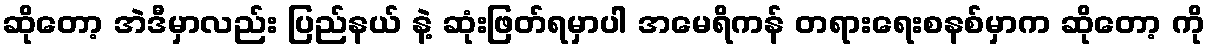
ဆိုတော့ အဲဒီမှာလည်း ပြည်နယ် နဲ့ ဆုံးဖြတ်ရမှာပါ အမေရိကန် တရားရေးစနစ်မှာက ဆိုတော့ ကို